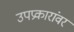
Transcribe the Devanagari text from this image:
उपप्रकारांवर